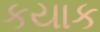
કયાક